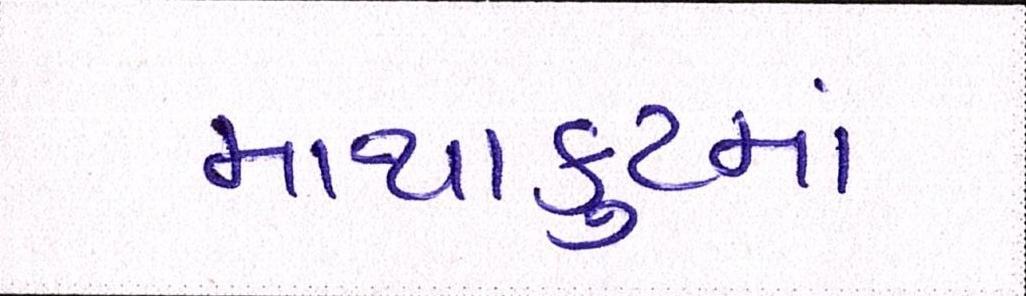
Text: માથાકુટમાં